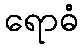
ရောဓံ